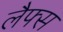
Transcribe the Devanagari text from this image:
लैफ्स